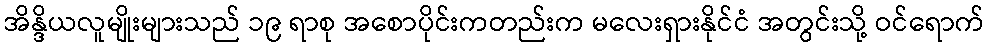
အိန္ဒိယလူမျိုးများသည် ၁၉ ရာစု အစောပိုင်းကတည်းက မလေးရှားနိုင်ငံ အတွင်းသို့ ဝင်ရောက်